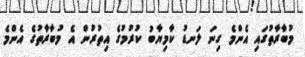
މުބާރާތުގައި އެންމެ ގިނަ ލަނޑު ކާމިޔާބު ކުރުމުގެ އިތުރުން އެ މުބާރާތުގެ އެންމެ